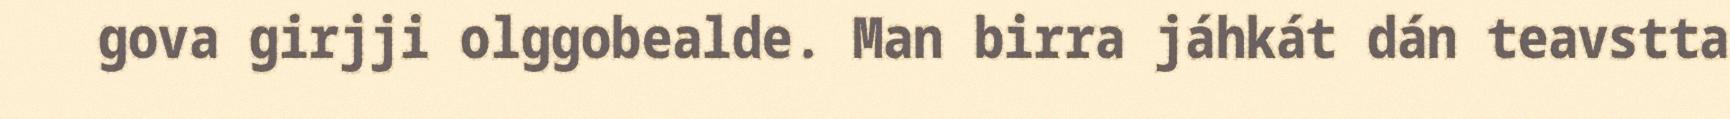
gova girjji olggobealde. Man birra jáhkát dán teavstta